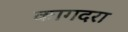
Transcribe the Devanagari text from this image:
कागदरा